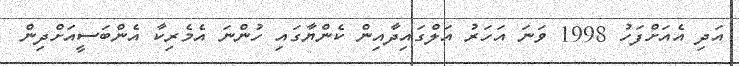
އަދި އެއަށްފަހު 1998 ވަނަ އަހަރު އަލްގައިދާއިން ކެންޔާގައި ހުންނަ އެމެރިކާ އެންބަސީއަށްދިން